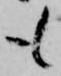
も